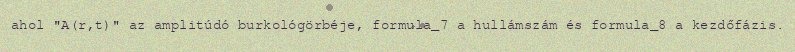
ahol "A(r,t)" az amplitúdó burkológörbéje, formula_7 a hullámszám és formula_8 a kezdőfázis.